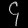
Digit: ၄